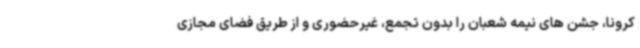
کرونا، جشن های نیمه شعبان را بدون تجمع، غیرحضوری و از طریق فضای مجازی